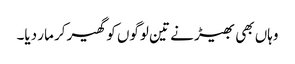
وہاں بھی بھیڑ نے تین لوگوں کو گھیر‌کر مار دیا۔